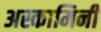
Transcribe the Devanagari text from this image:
अस्कामिनी